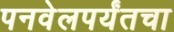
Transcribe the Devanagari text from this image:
पनवेलपर्यंतचा